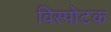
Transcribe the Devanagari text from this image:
विस्पोटक